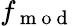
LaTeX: f_{\mathrm{~m~o~d~}}